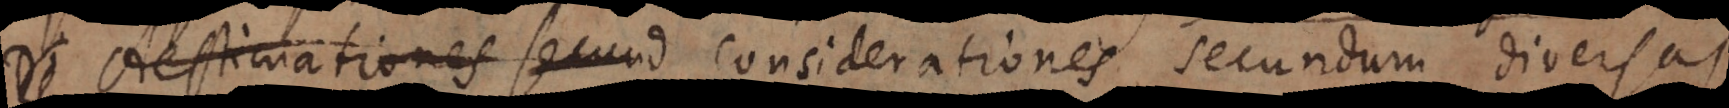
De Aestimationes secund Considerationes secundum diversas